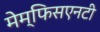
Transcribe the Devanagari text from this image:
मेम्फिसएनटी